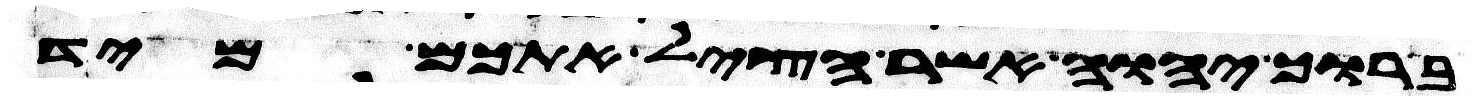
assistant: ברוך יהוה אשר הציל אתכם מיד